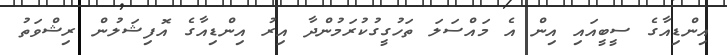
އިންޑިއާގެ ސީބީއައި އިން އެ މައްސަލަ ތަހުގީގުކުރަމުންދާ އިރު އިންޑިއާގެ އޮފިޝަލުން ރިޝްވަތު